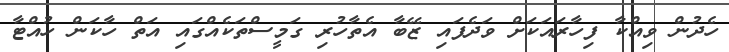
ހެދުން ވިއްކާ ފިހާރައަކަށް ވަދެފައި ޒޭބާ އެތާހުރި ގަމީސްތަކެއްގައި އަތް ހާކަން ހުއްޓާ